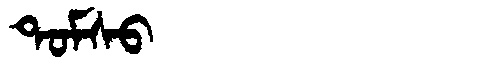
Manchu: ᡨᠣᠮᠰᠣ
Romanization: TOMSO